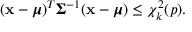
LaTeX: ( { \mathbf { x } } - { \boldsymbol { \mu } } ) ^ { T } { \boldsymbol { \Sigma } } ^ { - 1 } ( { \mathbf { x } } - { \boldsymbol { \mu } } ) \leq \chi _ { k } ^ { 2 } ( p ) .